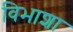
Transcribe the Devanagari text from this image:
विभाशा